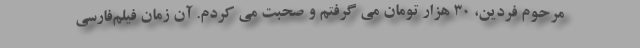
مرحوم فردين، ۳۰ هزار تومان مى گرفتم و صحبت مى كردم. آن زمان فيلم‌فارسى